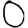
Digit: 0